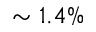
\sim 1 . 4 \%